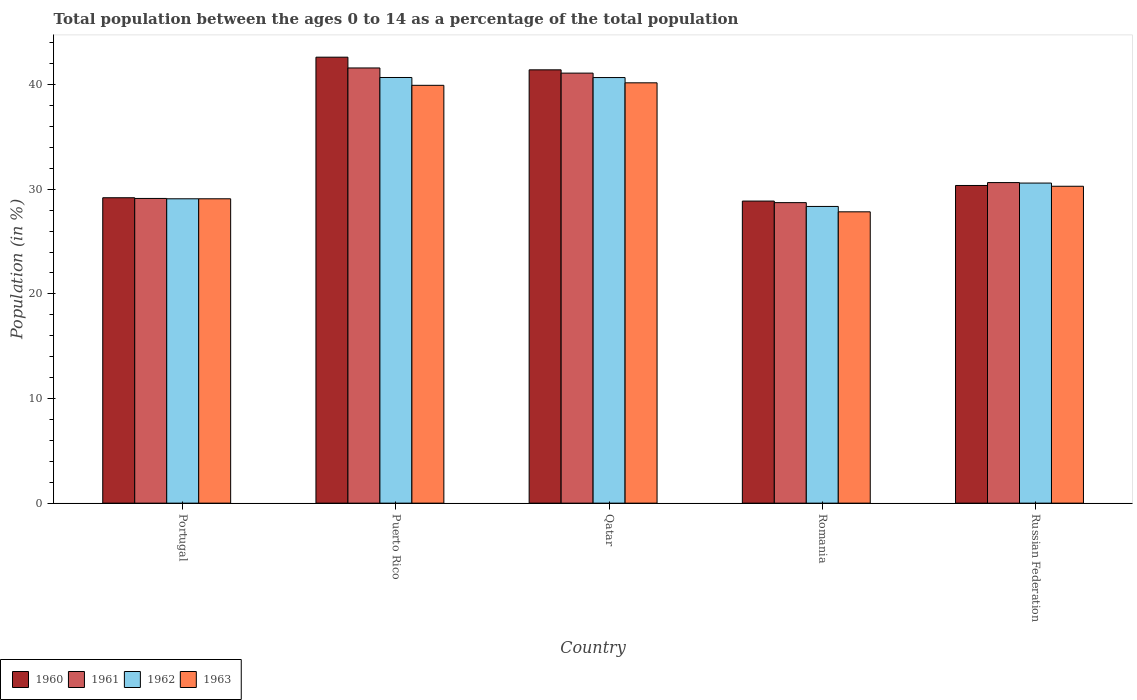
| Country | 1960 | 1961 | 1962 | 1963 |
 | --- | --- | --- | --- | --- |
 | Portugal | 29.2 | 29.1 | 29.1 | 29.1 |
 | Puerto Rico | 42.6 | 41.6 | 40.7 | 39.9 |
 | Qatar | 41.4 | 41.1 | 40.7 | 40.2 |
 | Romania | 28.9 | 28.7 | 28.4 | 27.8 |
 | Russian Federation | 30.4 | 30.6 | 30.6 | 30.3 |